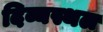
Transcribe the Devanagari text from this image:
दिव्यस्थल